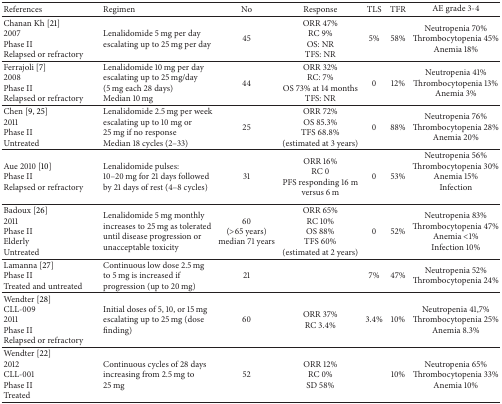
<table><thead><tr><td><b>References</b></td><td><b>Regimen</b></td><td><b>No</b></td><td><b>Response</b></td><td><b>TLS</b></td><td><b>TFR</b></td><td><b>AE grade 3-4 </b></td></tr></thead><tbody><tr><td>Chanan Kh [21]2007Phase IIRelapsed or refractory</td><td>Lenalidomide 5 mg per day escalating up to 25 mg per day</td><td>45</td><td>ORR 47%RC 9%OS: NRTFS: NR</td><td>5%</td><td>58%</td><td>Neutropenia 70%Thrombocytopenia 45%Anemia 18%</td></tr><tr><td>Ferrajoli [7]2008Phase IIRelapsed or refractory</td><td>Lenalidomide 10 mg per day escalating up to 25 mg/day (5 mg each 28 days)Median 10 mg</td><td>44</td><td>ORR 32%RC: 7%OS 73% at 14 months TFS: NR</td><td>0</td><td>12%</td><td>Neutropenia 41%Thrombocytopenia 13%Anemia 3%</td></tr><tr><td>Chen [9, 25]2011Phase IIUntreated</td><td>Lenalidomide 2.5 mg per week escalating up to 10 mg or 25 mg if no responseMedian 18 cycles (2–33)</td><td>25</td><td>ORR 72%OS 85.3%TFS 68.8% (estimated at 3 years)</td><td>0 </td><td>88%</td><td>Neutropenia 76% Thrombocytopenia 28%Anemia 20%</td></tr><tr><td>Aue 2010 [10]Phase IIRelapsed or refractory</td><td>Lenalidomide pulses: 10–20 mg for 21 days followed by 21 days of rest (4–8 cycles)</td><td>31</td><td>ORR 16%RC 0PFS responding 16 m versus 6 m</td><td>0</td><td>53%</td><td>Neutropenia 56%Thrombocytopenia 30% Anemia 15%Infection</td></tr><tr><td>Badoux [26]2011Phase IIElderlyUntreated</td><td>Lenalidomide 5 mg monthly increases to 25 mg as tolerated until disease progression or unacceptable toxicity</td><td>60 (&gt;65 years)median 71 years</td><td>ORR 65%RC 10%OS 88% TFS 60% (estimated at 2 years)</td><td>0</td><td>52%</td><td>Neutropenia 83%Thrombocytopenia 47% Anemia &lt;1%Infection 10%</td></tr><tr><td>Lamanna [27]Phase IITreated and untreated</td><td>Continuous low dose 2.5 mg to 5 mg is increased if progression (up to 20 mg)</td><td>21</td><td> </td><td>7%</td><td>47%</td><td>Neutropenia 52%Thrombocytopenia 24%</td></tr><tr><td>Wendter [28]CLL-0092011Phase IIRelapsed or refractory</td><td>Initial doses of 5, 10, or 15 mg escalating up to 25 mg (dose finding)</td><td>60</td><td>ORR 37%RC 3.4%</td><td>3.4%</td><td>10%</td><td>Neutropenia 41,7%Thrombocytopenia 25%Anemia 8.3%</td></tr><tr><td>Wendter [22]2012CLL-001Phase IITreated</td><td>Continuous cycles of 28 days increasing from 2.5 mg to 25 mg</td><td>52</td><td>ORR 12%RC 0%SD 58%</td><td> </td><td>10%</td><td>Neutropenia 65%Thrombocytopenia 33%Anemia 10%</td></tr></tbody></table>